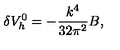
\delta V _ { h } ^ { 0 } = - { \frac { k ^ { 4 } } { 3 2 \pi ^ { 2 } } } B ,